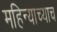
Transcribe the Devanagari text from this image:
महिन्याच्याच